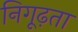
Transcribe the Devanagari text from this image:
निगूढ़ता